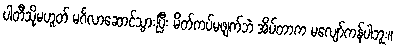
ပါတီသို့မဟူတ် မင်္ဂလာဆောင်သွားပြီး မိတ်ကပ်မဖျက်ဘဲ အိပ်တာက မလျော်ကန်ပါဘူး။